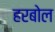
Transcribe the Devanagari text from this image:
हरबोल